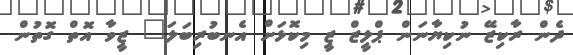
ދެން ރާކިޒޭ ނުކިޔާނަން ޕްލީޒް ޒީ މިކޮޅަށް އެނބުރިބަލަ" ޒީވާ އޮތް ގޮތުން